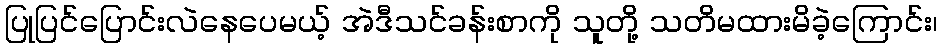
ပြုပြင်ပြောင်းလဲနေပေမယ့် အဲဒီသင်ခန်းစာကို သူတို့ သတိမထားမိခဲ့ကြောင်း၊